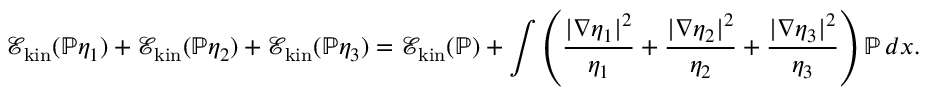
\mathcal E _ { \mathrm { k i n } } ( \mathbb { P } \eta _ { 1 } ) + \mathcal E _ { \mathrm { k i n } } ( \mathbb { P } \eta _ { 2 } ) + \mathcal E _ { \mathrm { k i n } } ( \mathbb { P } \eta _ { 3 } ) = \mathcal E _ { \mathrm { k i n } } ( \mathbb { P } ) + \int \left( \frac { | \nabla \eta _ { 1 } | ^ { 2 } } { \eta _ { 1 } } + \frac { | \nabla \eta _ { 2 } | ^ { 2 } } { \eta _ { 2 } } + \frac { | \nabla \eta _ { 3 } | ^ { 2 } } { \eta _ { 3 } } \right) \mathbb { P } \, d x .